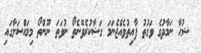
ޟުޙާ ނަމާދުގެ ވަގުތު ފާއިތުވެއްޖެނަމަ ގަޟާކުރެވޭނެތޯ ނުވަތަ ނޫންތޯ މިމައްސަލާގައި